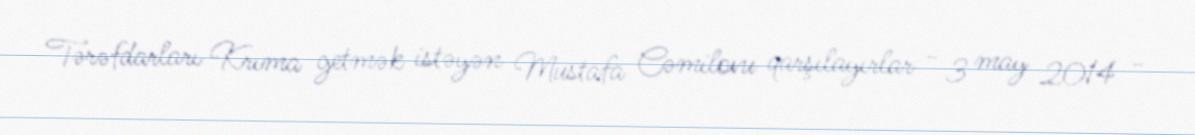
Tərəfdarları Krıma getmək istəyən Mustafa Cəmilovu qarşılayırlar - 3 may 2014 -